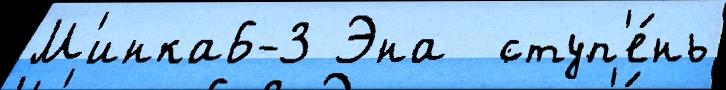
М'инка6-3 Эна  ступ'е́нь